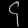
Digit: ၄